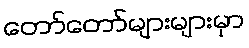
တော်တော်များများမှာ